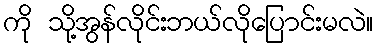
ကို သို့အွန်လိုင်းဘယ်လိုပြောင်းမလဲ။